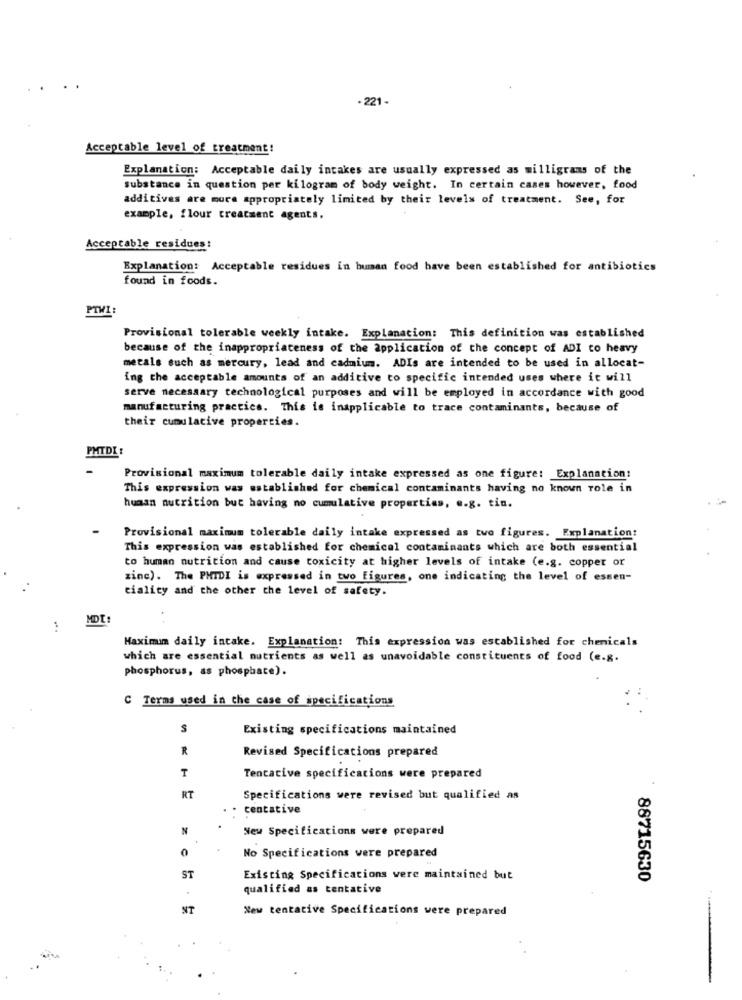
. 221-
Acceptable level of treatment!
Explanation: Acceptable daily intakes are usually expressed as milligrams of the
Substance in question per kilogram of body weight. In certain cases however, food
additives are mura appropriately limited by their levels of treatment. See, for
example, flour treatment agents.
Acceptable residues:
Explanation: Acceptable residues in human food have been established for antibiotics
found in foods.
PTWI
Provisional tolerable weekly intake. Explanation: This definition was established
because of the inappropriateness of the application of the concept of ADI to heavy
metals such as mercury, lead and cadmium. ADIs are intended to be used in allocat-
ing the acceptable amounts of an additive to specific intended uses where it will
serve necessary technological purposes and will be employed in accordance with good
manufacturing practice. This is inapplicable to trace contaminants, because of
their cumulative properties.
PMTDI:
Provisional maximum tolerable daily intake expressed as one figure: Explanation:
This expression was established for chemical contaminants having no known role in
human nutrition but having no cumulative properties, e.g. tin.
Provisional maximum tolerable daily intake expressed as two figures. Explanation:
This expression was established for chemical contaminants which are both essential
to human nutrition and cause toxicity at higher levels of intake (e.g. copper or
zine). The PHIDI is expressed in two figures, one indicating the level of essen-
tiality and the other the level of safety.
Maximum daily intake. Explanation: This expression was established for chemicals
which are essential nutrients as well as unavoidable constituents of food (e.g.
phosphorus, as phosphate).
C Terms used in the case of specifications
S
Existing specifications maintained
R
Revised Specifications prepared
T
Tentative specifications were prepared
RT
Specifications were revised but qualified as
centative
N
New Specifications were prepared
0
No Specifications were prepared
ST
Existing Specifications were maintained but
88715630
qualified as tentative
NT
New tentative Specifications were prepared